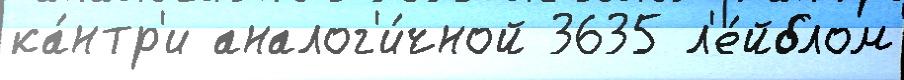
ка́нтр'и аналог'и́чной 3635 л'е́йблом